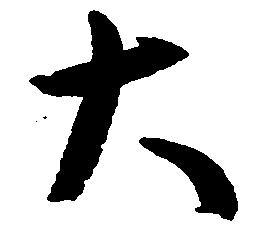
大